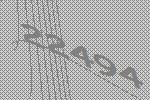
22494